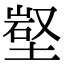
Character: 𡺻